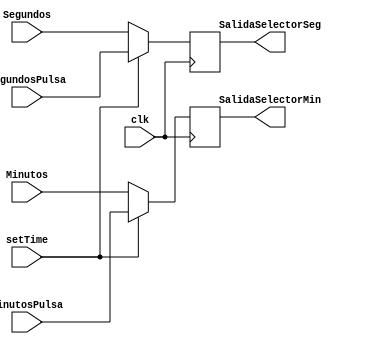
module blink (
	input clk,
	input setTime,
    input [5:0] Segundos,
	input [5:0] Minutos,
	input [5:0] SegundosPulsa,
	input [5:0] MinutosPulsa,
	output reg [5:0] SalidaSelectorMin,
	output reg [5:0] SalidaSelectorSeg
  );

always@(posedge clk)
begin 
		if(setTime==1'b1)begin
			SalidaSelectorMin<=MinutosPulsa;
			SalidaSelectorSeg<=SegundosPulsa;
		end
		else begin
			SalidaSelectorMin<=Minutos;
			SalidaSelectorSeg<=Segundos;
		end

end

endmodule